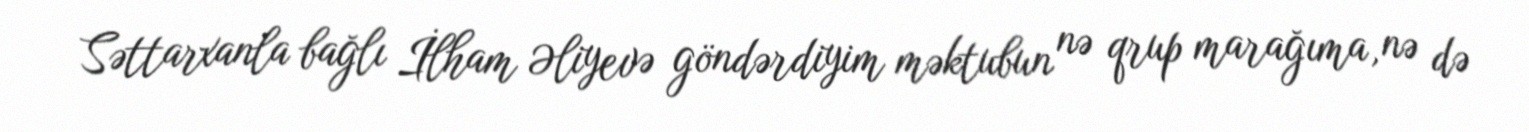
Səttarxanla bağlı İlham Əliyevə göndərdiyim məktubun nə qrup marağıma, nə də